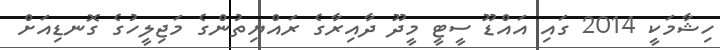
ހިޝާމަކީ 2014 ގައި އައްޑޫ ސީޓީ މީދޫ ދާއިރާގެ ރައްޔިތުންގެ މަޖިލީހުގެ ގޮނޑިއަށް